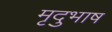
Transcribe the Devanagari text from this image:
मृदुभाष